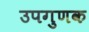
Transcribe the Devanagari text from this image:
उपगुणक